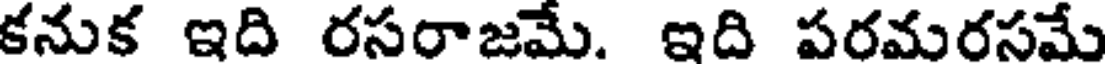
కనుక ఇది రసరాజమే. ఇది పరమరసమే